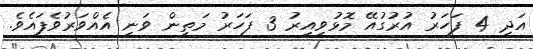
އަދި 4 ފަހަރު އުރުގުއޭ މޮޅުވިއިރު 3 ފަހަރު މަތިން ވަނީ އެއްވަރުވެފައެވެ.